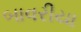
બાવરીયા